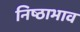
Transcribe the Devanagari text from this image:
निष्ठाभाव